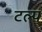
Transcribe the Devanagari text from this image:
टल्प